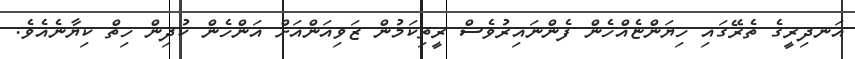
އަނދިރީގެ ތެރޭގައި ހިޔަންޏެއްހެން ފެންނައިރުވެސް ރީތިކަމުން ޒަވިއަންއަށް އަންހެން ކުދިން ހިތް ކިޔާނެއެވެ.